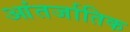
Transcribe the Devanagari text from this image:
आंतर्जातिक